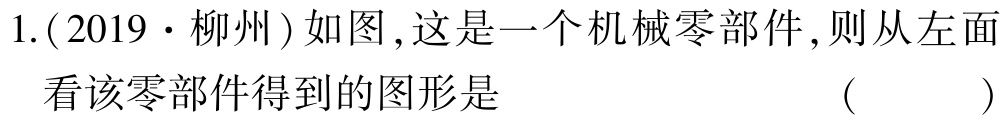
1.(2019·柳州)如图,这是一个机械零部件,则从左面看该零部件得到的图形是 （  ）